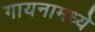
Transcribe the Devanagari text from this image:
गायनामध्ये